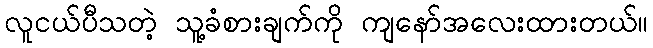
လူငယ်ပီသတဲ့ သူ့ခံစားချက်ကို ကျနော်အလေးထားတယ်။